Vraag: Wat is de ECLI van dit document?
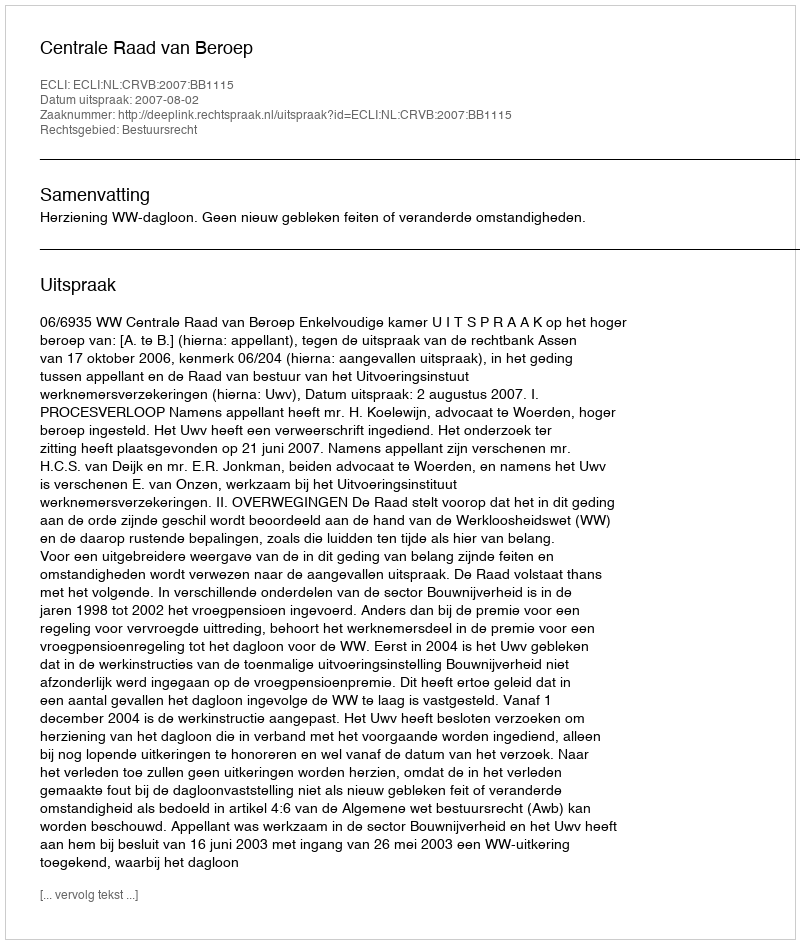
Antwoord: ECLI:NL:CRVB:2007:BB1115